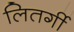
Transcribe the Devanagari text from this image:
लितर्गी